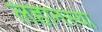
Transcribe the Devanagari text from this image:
लहानस्या